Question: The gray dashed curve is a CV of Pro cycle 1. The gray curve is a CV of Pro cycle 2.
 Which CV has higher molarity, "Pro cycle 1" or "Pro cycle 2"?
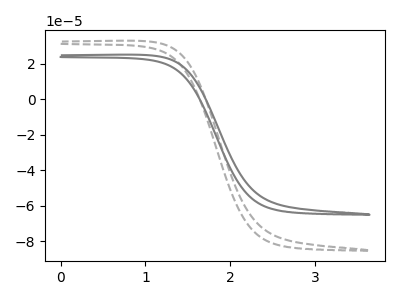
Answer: <think>The gray dashed curve "Pro cycle 1" has no peaks. The gray curve "Pro cycle 2" has no peaks.
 Neither "Pro cycle 1" or "Pro cycle 2" have any peaks.</think>
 <answer>I cant tell if "Pro cycle 1" or "Pro cycle 2" has higher concentration.</answer>
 <eval>mixed_concentration</eval>